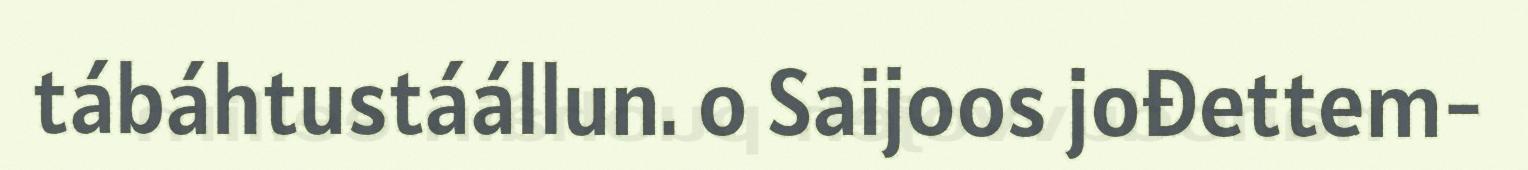
tábáhtustáállun. o Saijoos jođettem-